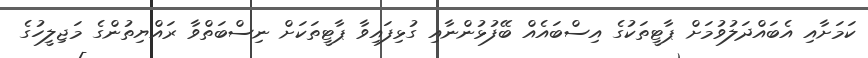
ކަމަށާއި އެބައްދަލުވުމަށް ޕާޓީތަކުގެ އިސްބައެއް ބޭފުޅުންނާއި ގުޅިފައިވާ ޕާޓީތަކަށް ނިސްބަތްވާ ރައްޔިތުންގެ މަޖިލީހުގެ